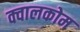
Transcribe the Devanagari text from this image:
क्वालकोम